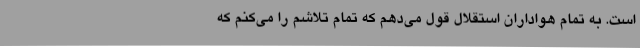
است. به تمام هواداران استقلال قول می‌دهم که تمام تلاشم را می‌کنم که